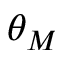
\theta _ { M }